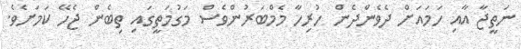
ނަތީޖާ އާއި ހަމައަށް ދެވެންދެން ހުރިހާ މެމްބަރުންވެސް މަގުމަތީގައި ތިބެން ޖެހޭ ކަމަށެވެ.